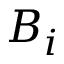
B _ { i }